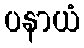
ပနာယံ